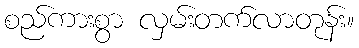
စည်ကားစွာ လှမ်းတက်လာတုန်း။